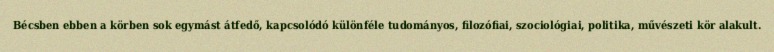
Bécsben ebben a körben sok egymást átfedő, kapcsolódó különféle tudományos, filozófiai, szociológiai, politika, művészeti kör alakult.